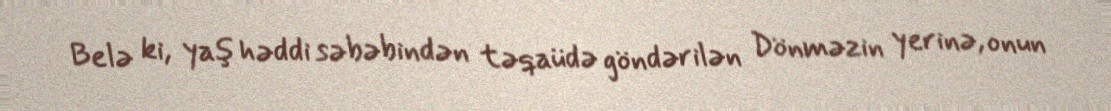
Belə ki, yaş həddi səbəbindən təqaüdə göndərilən Dönməzin yerinə, onun